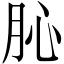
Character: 𦙦